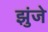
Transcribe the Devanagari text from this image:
झुंजे